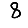
Digit: 8